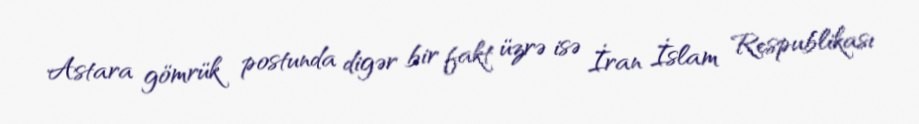
Astara gömrük postunda digər bir fakt üzrə isə İran İslam Respublikası